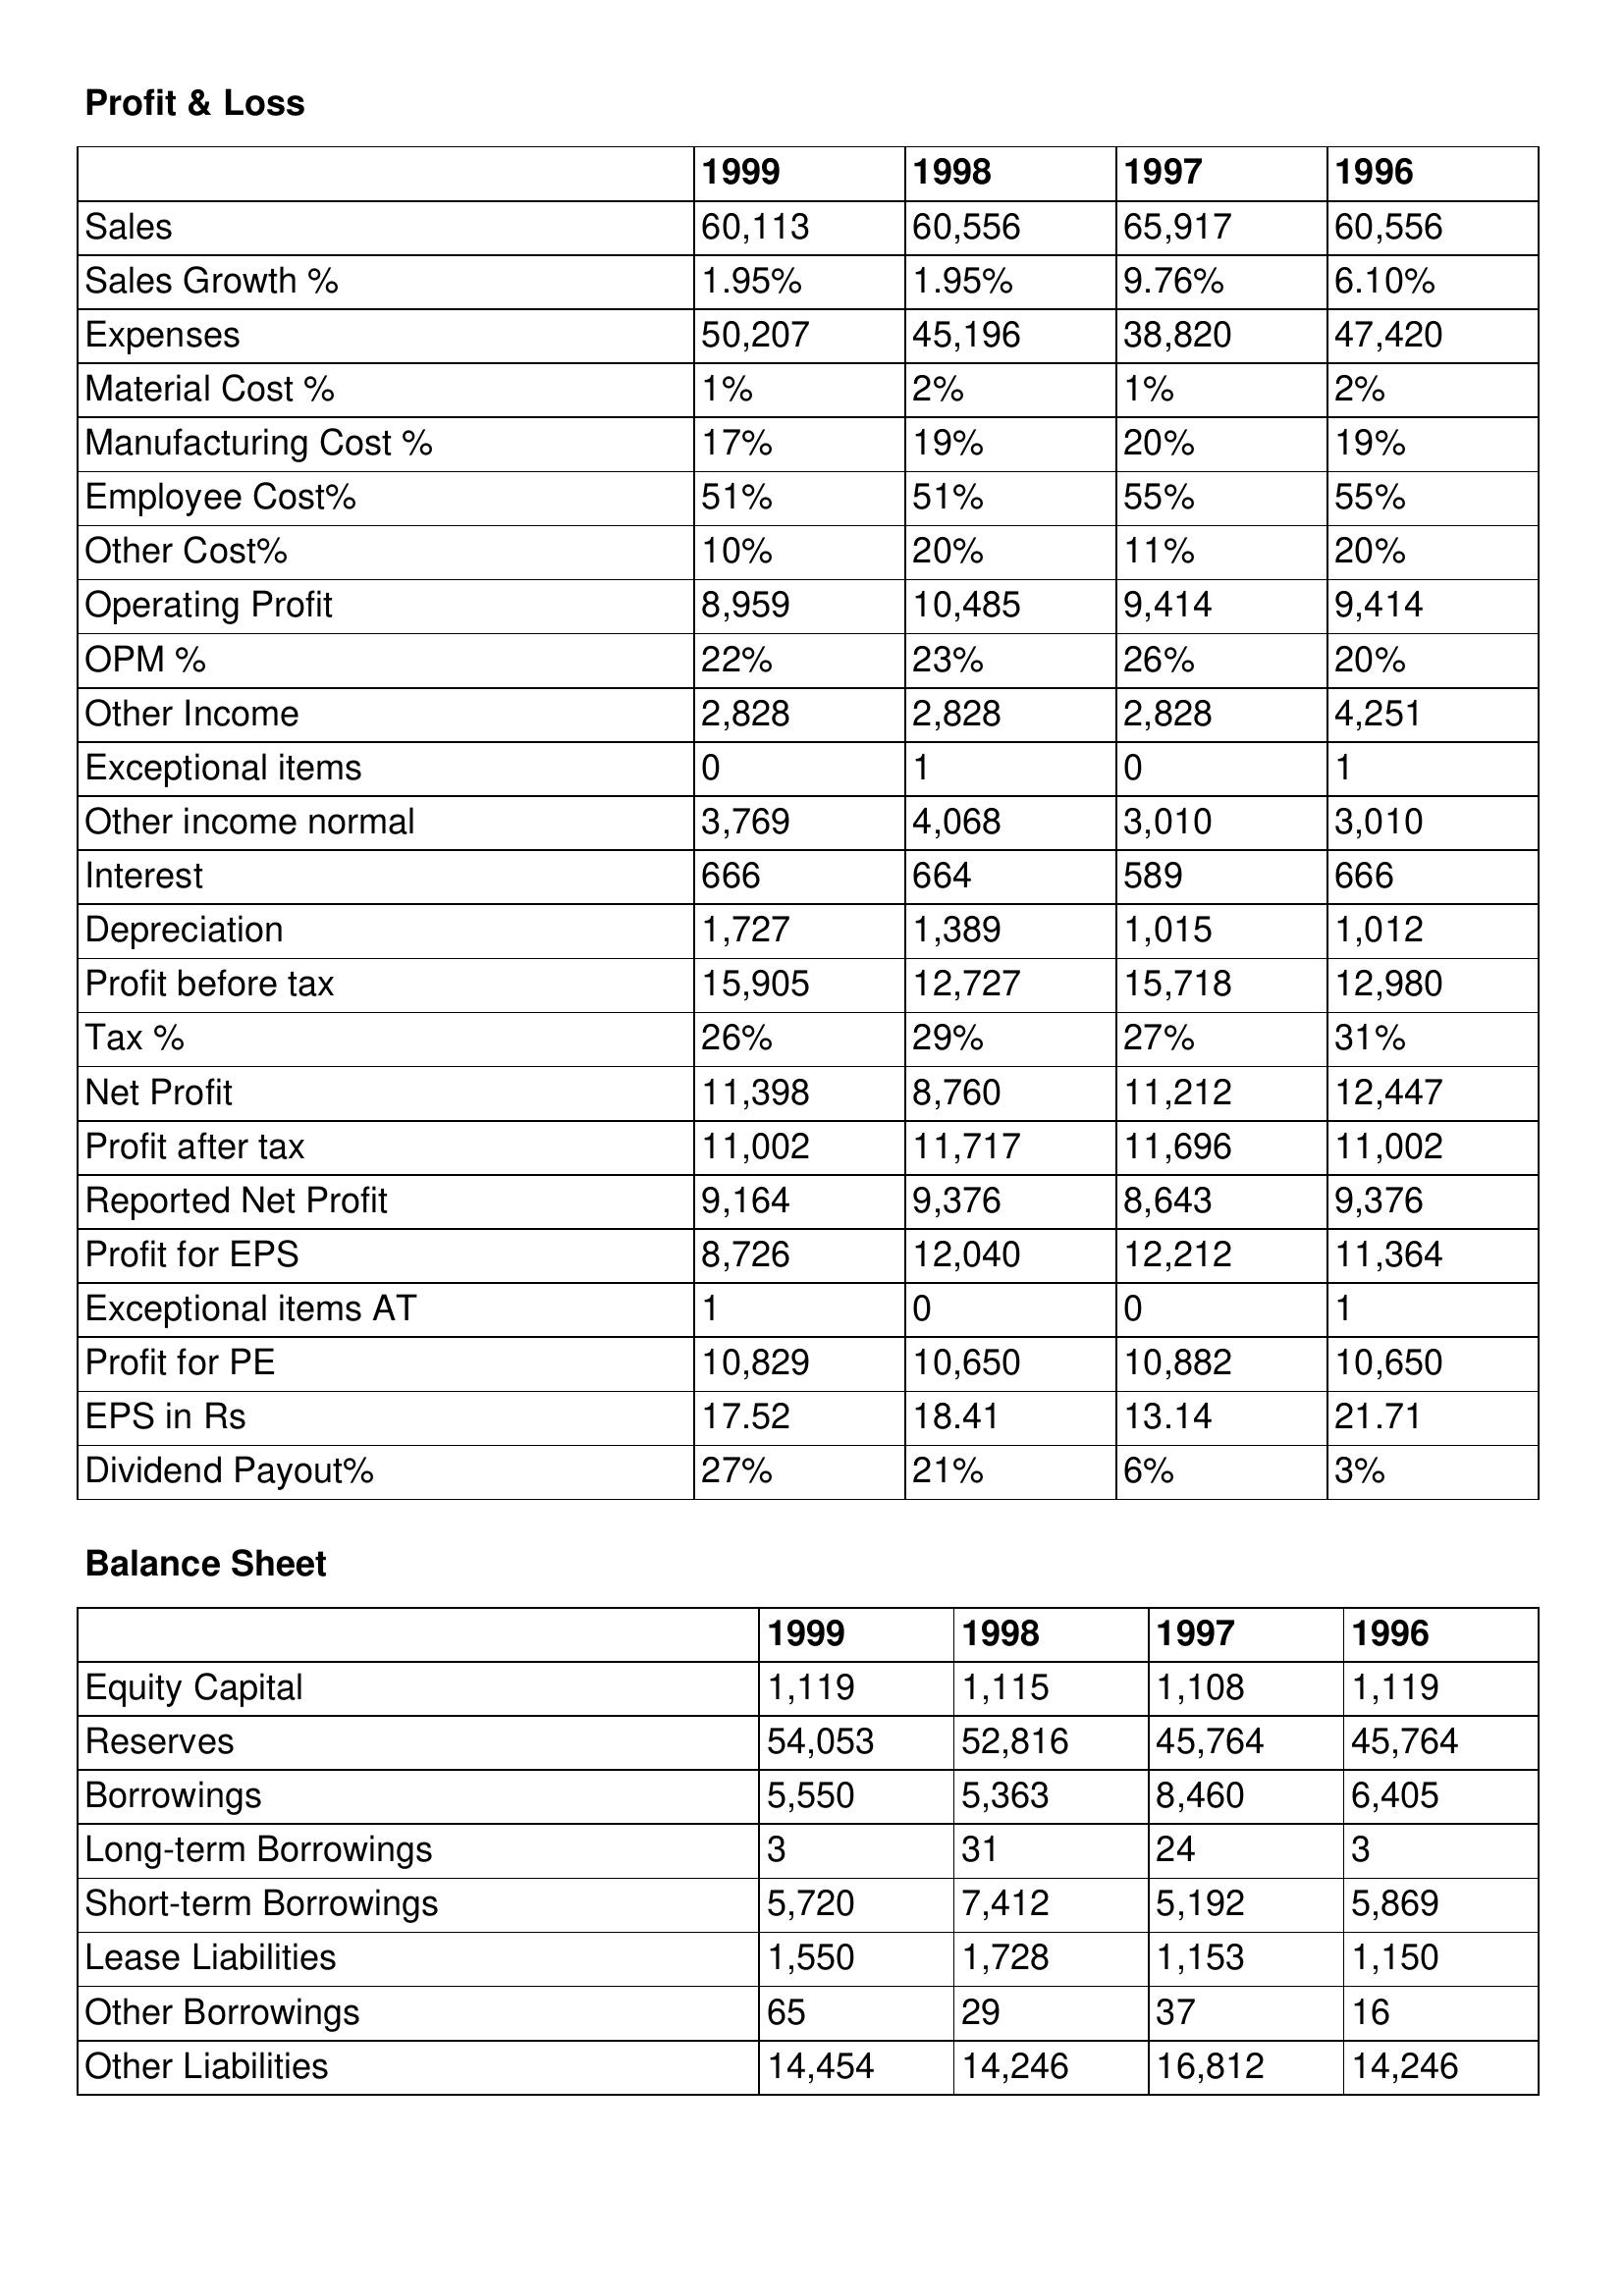
gt_parse: 1999: Profit & Loss: Sales: 60,113
Sales Growth %: 1.95%
Expenses: 50,207
Material Cost %: 1%
Manufacturing Cost %: 17%
Employee Cost%: 51%
Other Cost%: 10%
Operating Profit: 8,959
OPM %: 22%
Other Income: 2,828
Exceptional items: 0
Other income normal: 3,769
Interest: 666
Depreciation: 1,727
Profit before tax: 15,905
Tax %: 26%
Net Profit: 11,398
Profit after tax: 11,002
Reported Net Profit: 9,164
Profit for EPS: 8,726
Exceptional items AT: 1
Profit for PE: 10,829
EPS in Rs: 17.52
Dividend Payout%: 27%
Balance Sheet: Equity Capital: 1,119
Reserves: 54,053
Borrowings: 5,550
Long-term Borrowings: 3
Short-term Borrowings: 5,720
Lease Liabilities: 1,550
Other Borrowings: 65
Other Liabilities: 14,454
1998: Profit & Loss: Sales: 60,556
Sales Growth %: 1.95%
Expenses: 45,196
Material Cost %: 2%
Manufacturing Cost %: 19%
Employee Cost%: 51%
Other Cost%: 20%
Operating Profit: 10,485
OPM %: 23%
Other Income: 2,828
Exceptional items: 1
Other income normal: 4,068
Interest: 664
Depreciation: 1,389
Profit before tax: 12,727
Tax %: 29%
Net Profit: 8,760
Profit after tax: 11,717
Reported Net Profit: 9,376
Profit for EPS: 12,040
Exceptional items AT: 0
Profit for PE: 10,650
EPS in Rs: 18.41
Dividend Payout%: 21%
Balance Sheet: Equity Capital: 1,115
Reserves: 52,816
Borrowings: 5,363
Long-term Borrowings: 31
Short-term Borrowings: 7,412
Lease Liabilities: 1,728
Other Borrowings: 29
Other Liabilities: 14,246
1997: Profit & Loss: Sales: 65,917
Sales Growth %: 9.76%
Expenses: 38,820
Material Cost %: 1%
Manufacturing Cost %: 20%
Employee Cost%: 55%
Other Cost%: 11%
Operating Profit: 9,414
OPM %: 26%
Other Income: 2,828
Exceptional items: 0
Other income normal: 3,010
Interest: 589
Depreciation: 1,015
Profit before tax: 15,718
Tax %: 27%
Net Profit: 11,212
Profit after tax: 11,696
Reported Net Profit: 8,643
Profit for EPS: 12,212
Exceptional items AT: 0
Profit for PE: 10,882
EPS in Rs: 13.14
Dividend Payout%: 6%
Balance Sheet: Equity Capital: 1,108
Reserves: 45,764
Borrowings: 8,460
Long-term Borrowings: 24
Short-term Borrowings: 5,192
Lease Liabilities: 1,153
Other Borrowings: 37
Other Liabilities: 16,812
1996: Profit & Loss: Sales: 60,556
Sales Growth %: 6.10%
Expenses: 47,420
Material Cost %: 2%
Manufacturing Cost %: 19%
Employee Cost%: 55%
Other Cost%: 20%
Operating Profit: 9,414
OPM %: 20%
Other Income: 4,251
Exceptional items: 1
Other income normal: 3,010
Interest: 666
Depreciation: 1,012
Profit before tax: 12,980
Tax %: 31%
Net Profit: 12,447
Profit after tax: 11,002
Reported Net Profit: 9,376
Profit for EPS: 11,364
Exceptional items AT: 1
Profit for PE: 10,650
EPS in Rs: 21.71
Dividend Payout%: 3%
Balance Sheet: Equity Capital: 1,119
Reserves: 45,764
Borrowings: 6,405
Long-term Borrowings: 3
Short-term Borrowings: 5,869
Lease Liabilities: 1,150
Other Borrowings: 16
Other Liabilities: 14,246